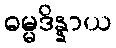
ဓမ္မဒိန္နာယ